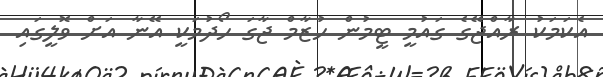
އެކަމަކު ރާއްޖޭގެ ގައުމީ ޓީމުން ހުޒާމް ޖާގަ ހޯދުމަކީ އޭނާ އަށް ވޮލީގައި